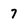
Character: 7